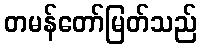
တမန်တော်မြတ်သည်